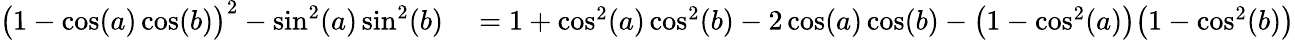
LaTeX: \begin{array}{rl}{\big(1-\cos(a)\cos(b)\big)^{2}-\sin^{2}(a)\sin^{2}(b)}&{{}=1+\cos^{2}(a)\cos^{2}(b)-2\cos(a)\cos(b)-\big(1-\cos^{2}(a)\big)\big(1-\cos^{2}(b)\big)}\end{array}